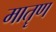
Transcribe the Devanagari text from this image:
मातॄण